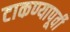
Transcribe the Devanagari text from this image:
टाकण्यापूर्वी